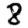
Digit: 8